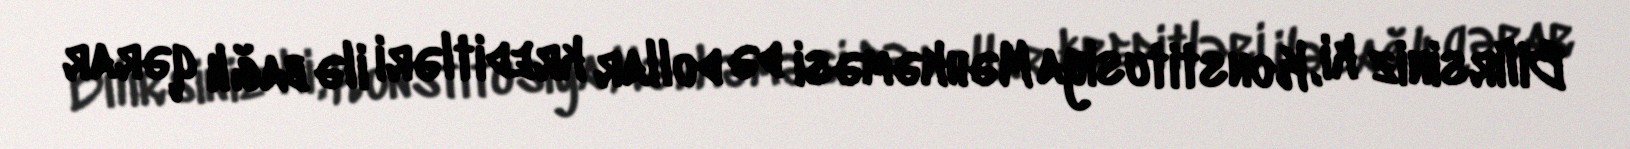
Bilirsiniz ki, Konstitusiya Məhkəməsi də dollar kreditləri ilə bağlı qərar